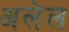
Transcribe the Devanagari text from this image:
अलेल